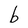
Character: b